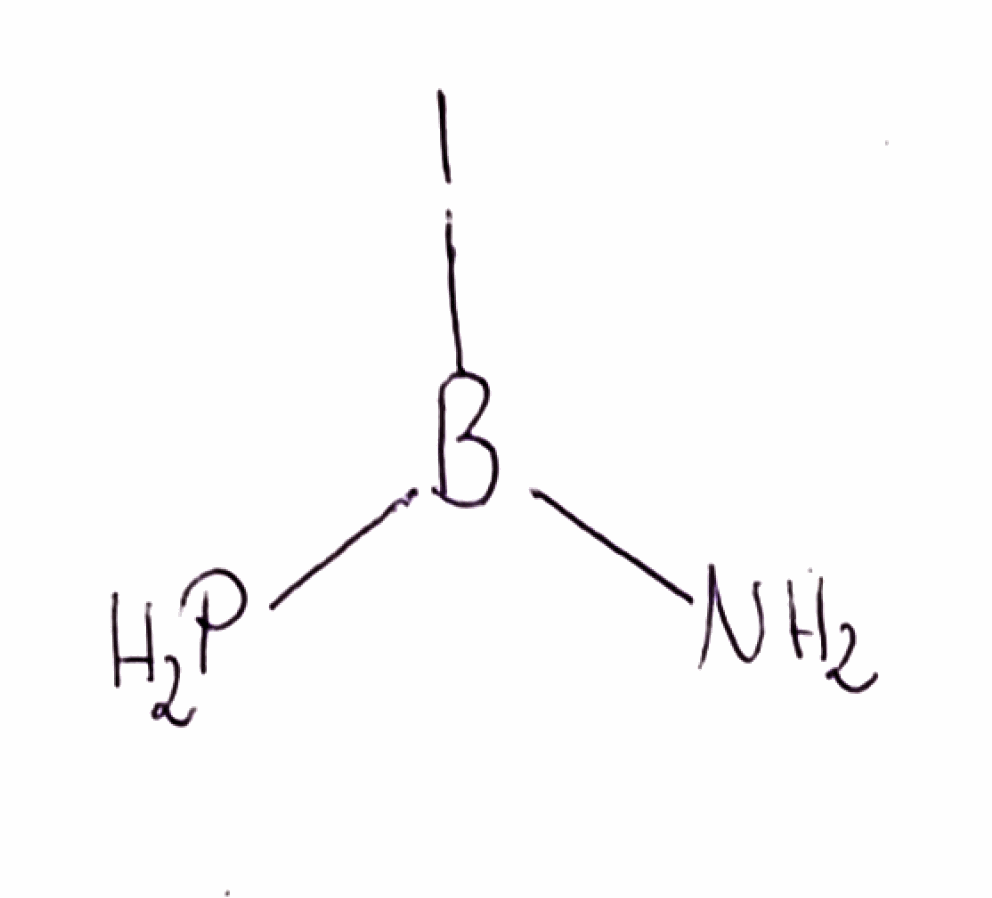
Simplified molecular-input line-entry system (SMILES) notation of the given molecule:
B(N)(P)I